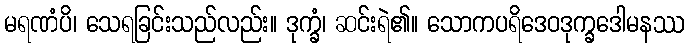
မရဏံပိ၊ သေရခြင်းသည်လည်း။ ဒုက္ခံ၊ ဆင်းရဲ၏။ သောကပရိဒေဝဒုက္ခဒေါမနဿ